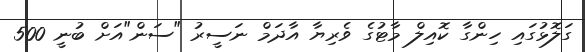
ގަލޮޅުގައި ހިންގާ ކޮއިލް މާޓުގެ ވެރިޔާ އާދަމް ނަސީރު "ސަން"އަށް ބުނީ 500